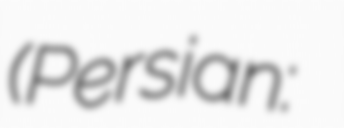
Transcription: (Persian: تل